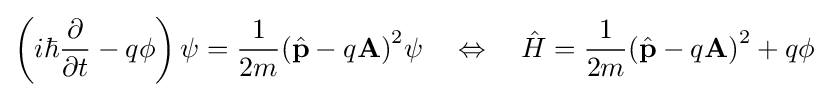
\left(i\hbar {\frac {\partial }{\partial t}}-q\phi \right)\psi ={\frac {1}{2m}}{({\hat {\mathbf {p} }}-q\mathbf {A} )}^{2}\psi \quad \Leftrightarrow \quad {\hat {H}}={\frac {1}{2m}}{({\hat {\mathbf {p} }}-q\mathbf {A} )}^{2}+q\phi